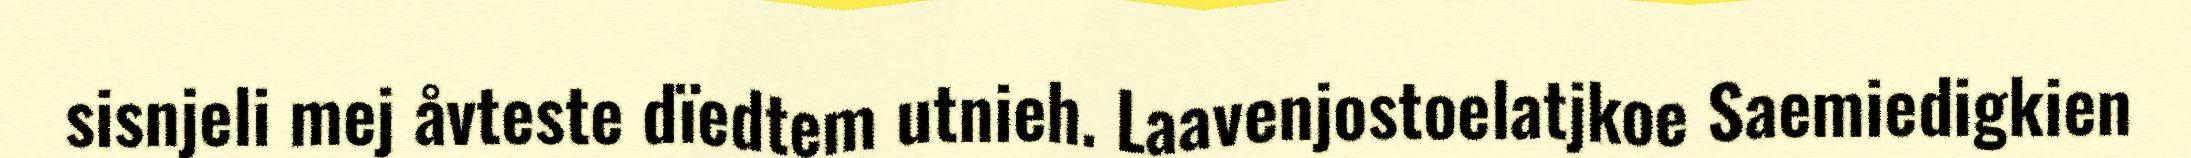
sisnjeli mej åvteste dïedtem utnieh. Laavenjostoelatjkoe Saemiedigkien